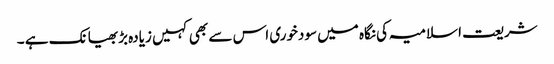
شریعت اسلامیہ کی نگاہ میں سودخوری اس سے بھی کہیں زیادہ بڑبھیانک ہے ۔